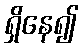
ရှိနေ၍